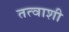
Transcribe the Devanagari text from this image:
तत्वाशी